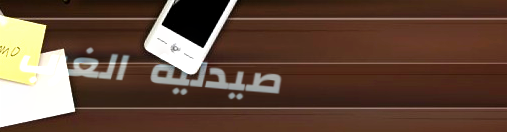
صيدلية الغرب